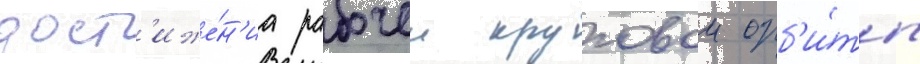
дост'иже́н'иа рабочеи круговои орб'и́ты